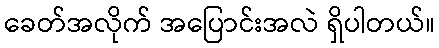
ခေတ်အလိုက် အပြောင်းအလဲ ရှိပါတယ်။